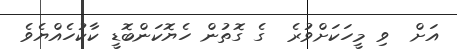
އަށް  ވި މީހަކަށްވުރެ  ގެ ގޮތުން ހެޔޮކަންބޮޑީ ކާކުހެއްޔެވެ